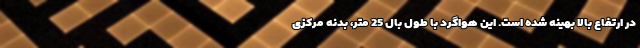
در ارتفاع بالا بهینه شده است. این هواگرد با طول بال 25 متر، بدنه مرکزی